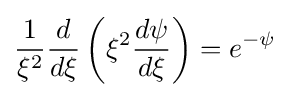
{\frac {1}{\xi ^{2}}}{\frac {d}{d\xi }}\left(\xi ^{2}{\frac {d\psi }{d\xi }}\right)=e^{-\psi }